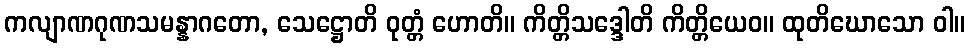
ကလျာဏဂုဏသမန္နာဂတော, သေဋ္ဌောတိ ဝုတ္တံ ဟောတိ။ ကိတ္တိသဒ္ဒေါတိ ကိတ္တိယေဝ။ ထုတိဃောသော ဝါ။